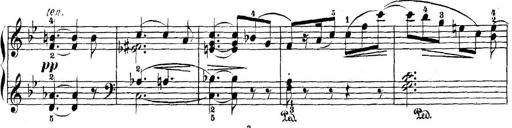
Title: 5 Sonatinas
Composer: Theodor Kirchner